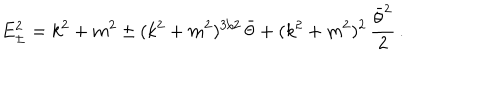
LaTeX: E _ { \pm } ^ { 2 } = k ^ { 2 } + m ^ { 2 } \pm ( k ^ { 2 } + m ^ { 2 } ) ^ { 3 / 2 } \, \bar { \theta } + ( k ^ { 2 } + m ^ { 2 } ) ^ { 2 } \, \frac { \bar { \theta } ^ { 2 } } { 2 } \, .